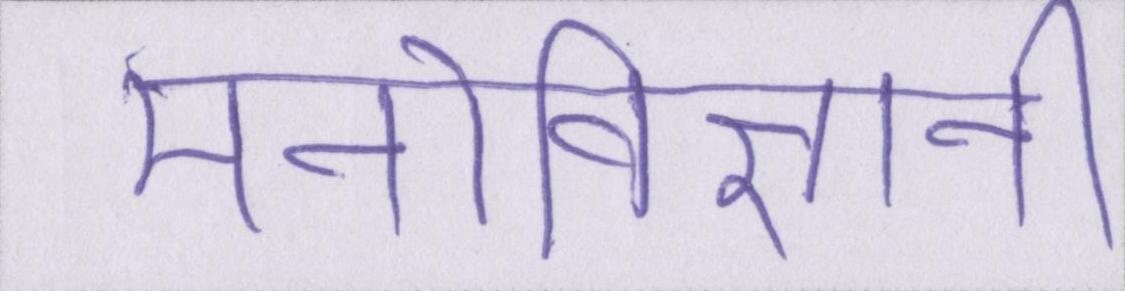
मनोविज्ञानी